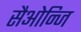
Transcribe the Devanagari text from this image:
सैओन्जि